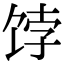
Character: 饽